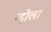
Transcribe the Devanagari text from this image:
न्दोला